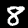
Digit: 8